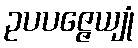
ဥပပဇ္ဇေယျုံ